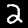
Label: 2